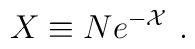
X\equiv Ne^{-{\cal X}}~.  \nonumber